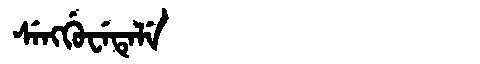
Manchu: ᠰᡝᠩᡤᡠᠸᡝᡨᡝᠯᡝ
Romanization: SENGGUWETELE